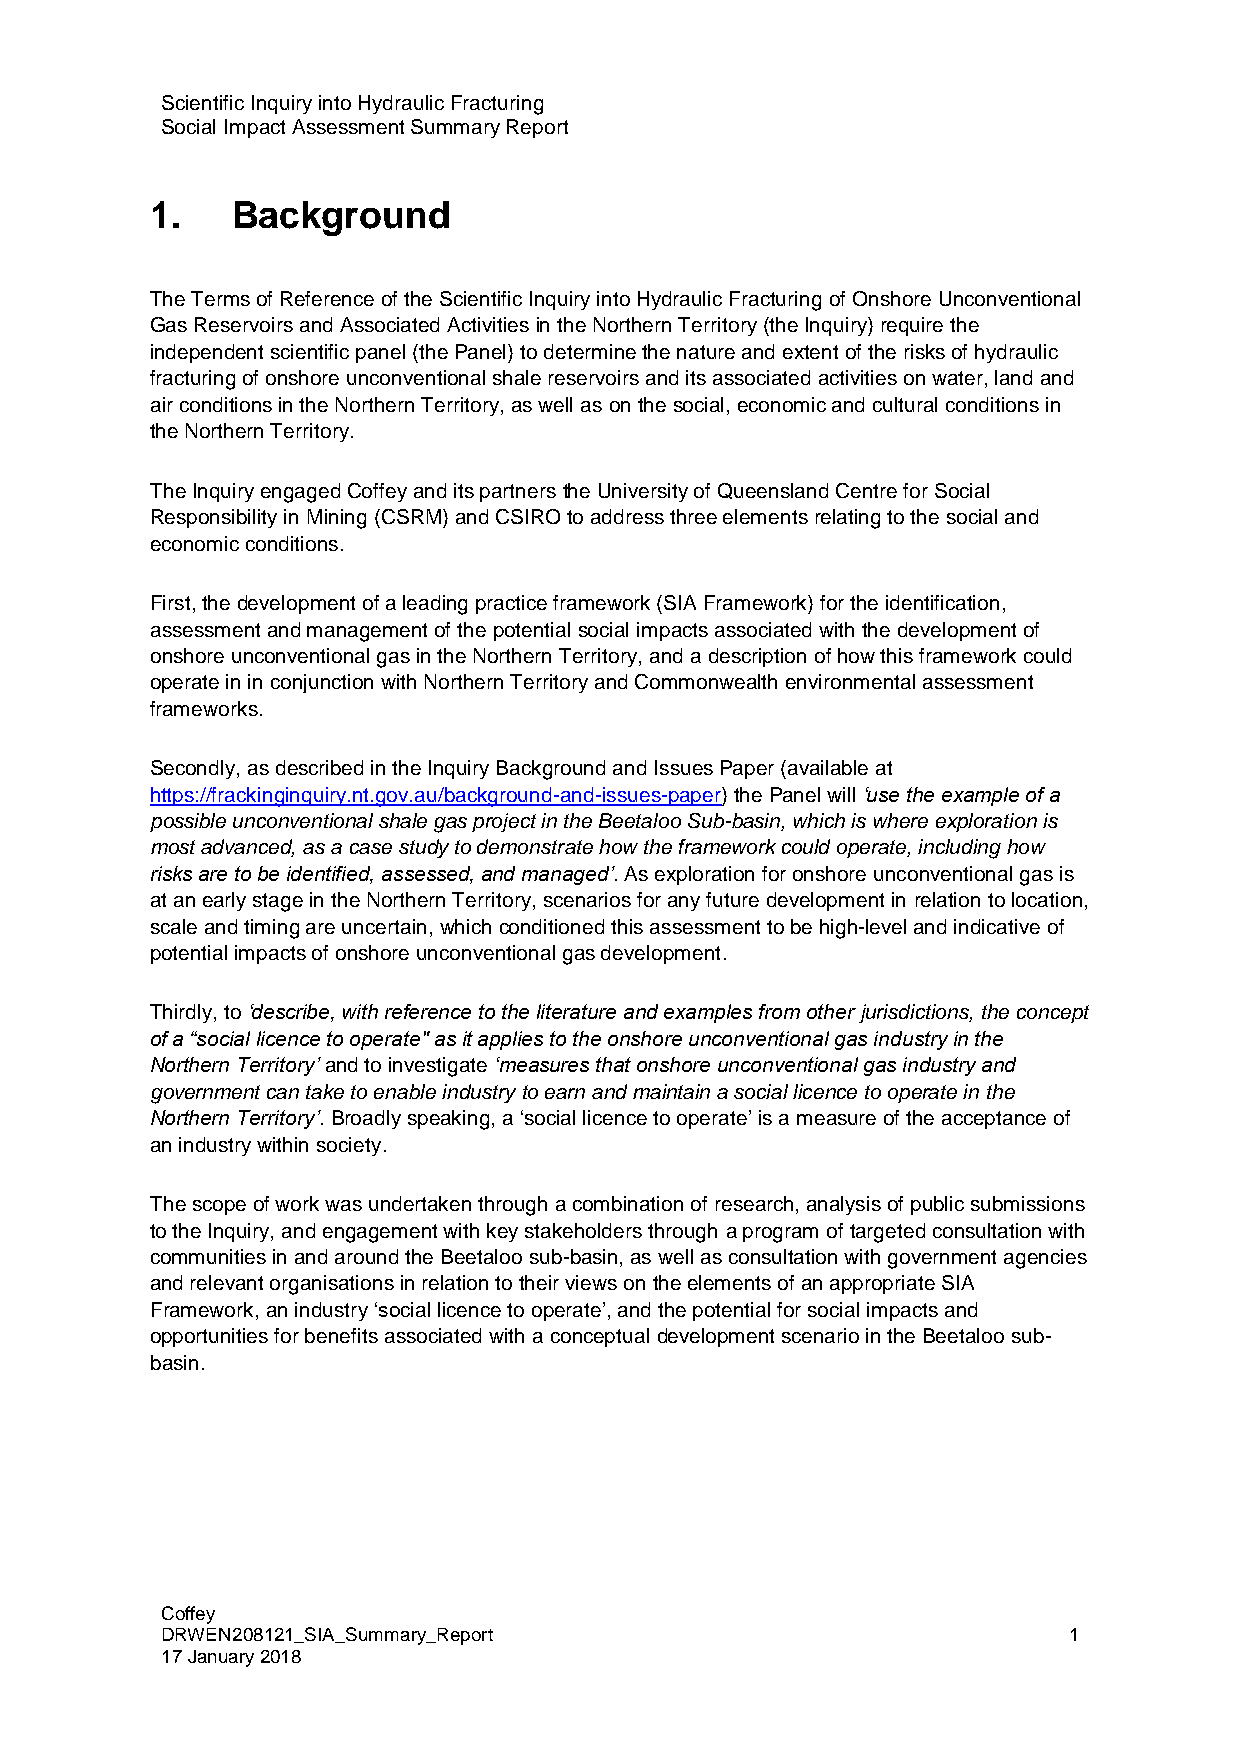
Scientific Inquiry into Hydraulic Fracturing
 Social Impact Assessment Summary Report
 1.   Background
 The Terms of Reference of the Scientific Inquiry into Hydraulic Fracturing of Onshore Unconventional
 Gas Reservoirs and Associated Activities in the Northern Territory (the Inquiry) require the
 independent scientific panel (the Panel) to determine the nature and extent of the risks of hydraulic
 fracturing of onshore unconventional shale reservoirs and its associated activities on water, land and
 air conditions in the Northern Territory, as well as on the social, economic and cultural conditions in
 the Northern Territory.
 The Inquiry engaged Coffey and its partners the University of Queensland Centre for Social
 Responsibility in Mining (CSRM) and CSIRO to address three elements relating to the social and
 economic conditions.
 First, the development of a leading practice framework (SIA Framework) for the identification,
 assessment and management of the potential social impacts associated with the development of
 onshore unconventional gas in the Northern Territory, and a description of how this framework could
 operate in in conjunction with Northern Territory and Commonwealth environmental assessment
 frameworks.
 Secondly, as described in the Inquiry Background and Issues Paper (available at
 https://frackinginquiry.nt.gov.au/background-and-issues-paper) the Panel will ‘use the example of a
 possible unconventional shale gas project in the Beetaloo Sub-basin, which is where exploration is
 most advanced, as a case study to demonstrate how the framework could operate, including how
 risks are to be identified, assessed, and managed’. As exploration for onshore unconventional gas is
 at an early stage in the Northern Territory, scenarios for any future development in relation to location,
 scale and timing are uncertain, which conditioned this assessment to be high-level and indicative of
 potential impacts of onshore unconventional gas development.
 Thirdly, to ‘describe, with reference to the literature and examples from other jurisdictions, the concept
 of a “social licence to operate" as it applies to the onshore unconventional gas industry in the
 Northern Territory’ and to investigate ‘measures that onshore unconventional gas industry and
 government can take to enable industry to earn and maintain a social licence to operate in the
 Northern Territory’. Broadly speaking, a ‘social licence to operate’ is a measure of the acceptance of
 an industry within society.
 The scope of work was undertaken through a combination of research, analysis of public submissions
 to the Inquiry, and engagement with key stakeholders through a program of targeted consultation with
 communities in and around the Beetaloo sub-basin, as well as consultation with government agencies
 and relevant organisations in relation to their views on the elements of an appropriate SIA
 Framework, an industry ‘social licence to operate’, and the potential for social impacts and
 opportunities for benefits associated with a conceptual development scenario in the Beetaloo sub-
 basin.
 Coffey
 DRWEN208121_SIA_Summary_Report                              1
 17 January 2018